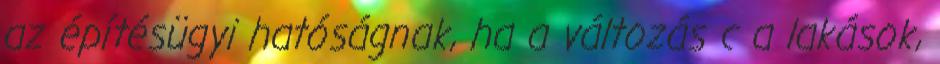
az építésügyi hatóságnak, ha a változás c a lakások,